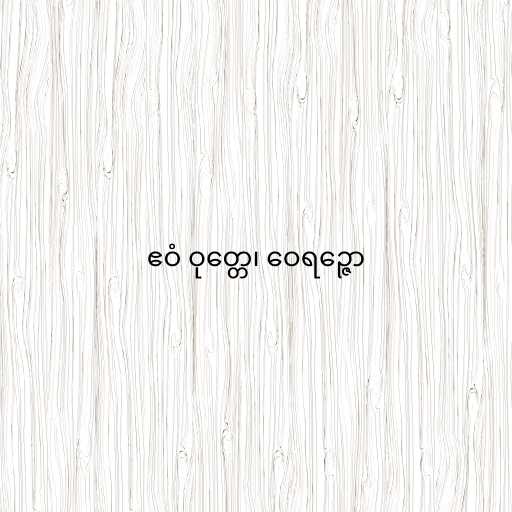
ဧဝံ ဝုတ္တေ၊ ဝေရဉ္ဇော